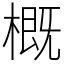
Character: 概